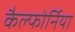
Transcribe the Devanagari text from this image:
कैल्फोर्निया